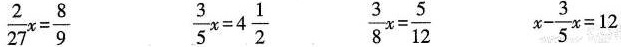
$$\frac{3}{5}x=4 \frac{1}{2}$$ $$\frac{2}{27}x= \frac{8}{9}$$ $$\frac{3}{8}x= \frac{5}{12}$$ $$x- \frac{3}{5}x=12$$